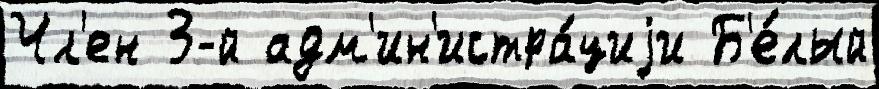
Чл'ен 3-й адм'ин'истра́циjи Б'е́лый